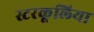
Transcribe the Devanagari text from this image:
स्टरकूलिया